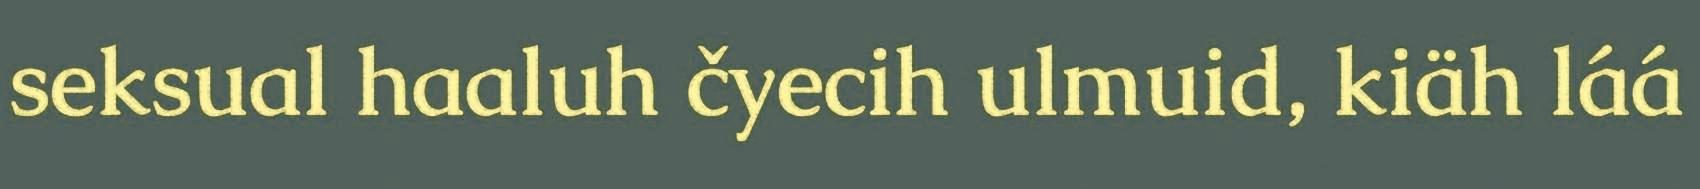
seksual haaluh čyecih ulmuid, kiäh láá